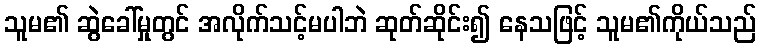
သူမ၏ ဆွဲခေါ်မှုတွင် အလိုက်သင့်မပါဘဲ ဆုတ်ဆိုင်း၍ နေသဖြင့် သူမ၏ကိုယ်သည်